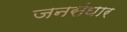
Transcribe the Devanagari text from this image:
जनसंघार